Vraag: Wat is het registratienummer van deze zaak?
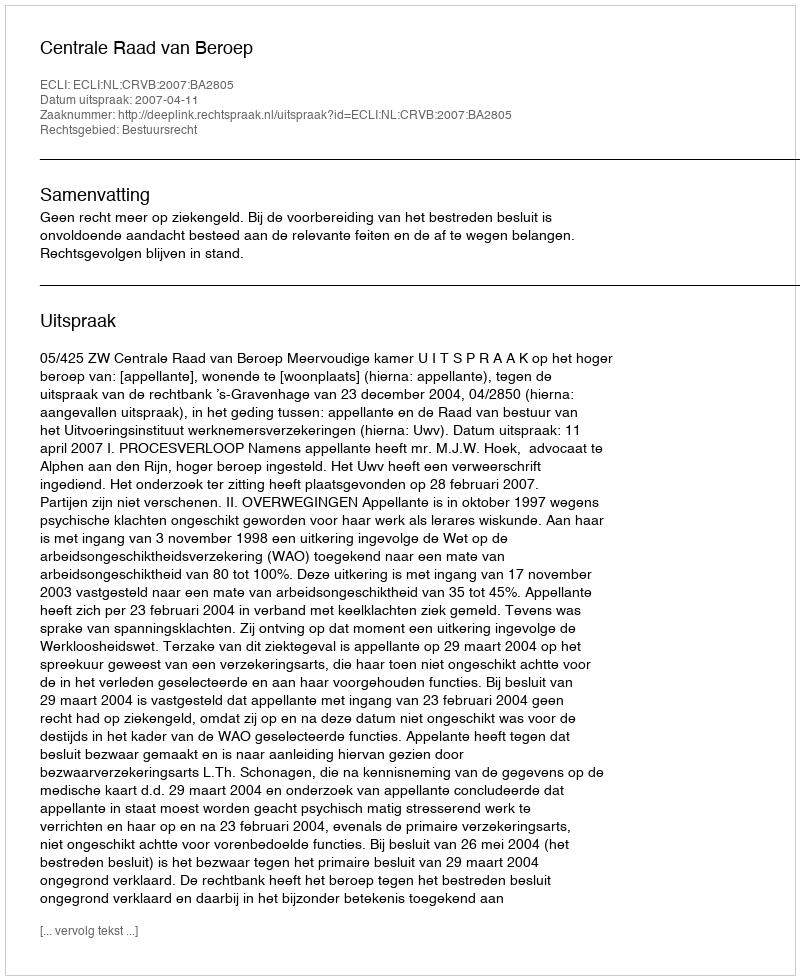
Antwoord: http://deeplink.rechtspraak.nl/uitspraak?id=ECLI:NL:CRVB:2007:BA2805